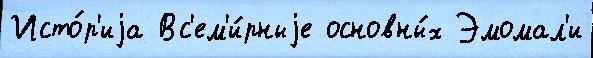
Исто́р'иjа Вс'ем'и́рныjе основны́х Эмомал'и